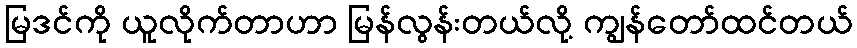
မြဒင်ကို ယူလိုက်တာဟာ မြန်လွန်းတယ်လို့ ကျွန်တော်ထင်တယ်